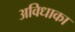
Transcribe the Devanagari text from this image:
अविधाका